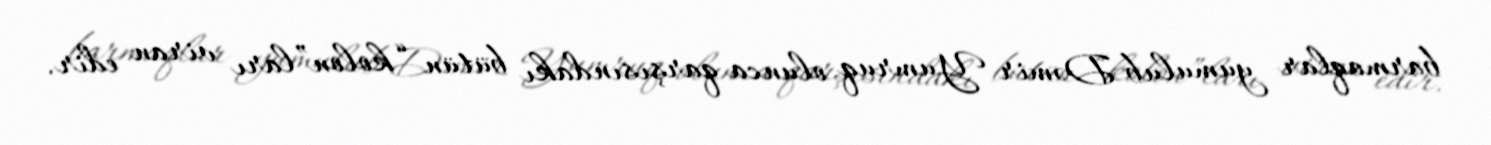
barmaqlar yumulub Dəmir Yumruq olunca qarşısındakı bütün “kolon”ları viran edir.